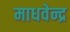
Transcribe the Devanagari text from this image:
माधवेन्द्र